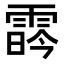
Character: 𩃛